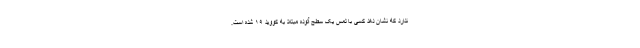
ندارد که نشان دهد کسی با لمس یک سطح آلوده مبتلا به کووید ۱۹ شده است.